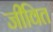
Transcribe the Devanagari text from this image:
जीवित